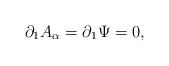
\begin{align*}\partial_1 A_{\alpha} = \partial_1 \Psi = 0,\end{align*}